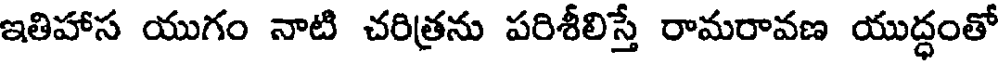
ఇతిహాస యుగం నాటి చరిత్రను పరిశీలిస్తే రామరావణ యుద్ధంతో